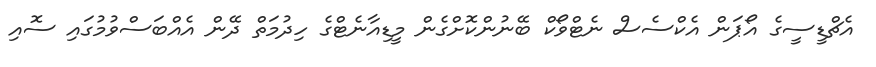
އެޗްޑީސީގެ އޯޕަން އެކްސެސް ނެޓްވޯކް ބޭނުންކޮށްގެން މީޑިއާނެޓްގެ ހިދުމަތް ދޭން އެއްބަސްވުމުގައި ސޮއި